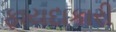
ફાયદાકારી